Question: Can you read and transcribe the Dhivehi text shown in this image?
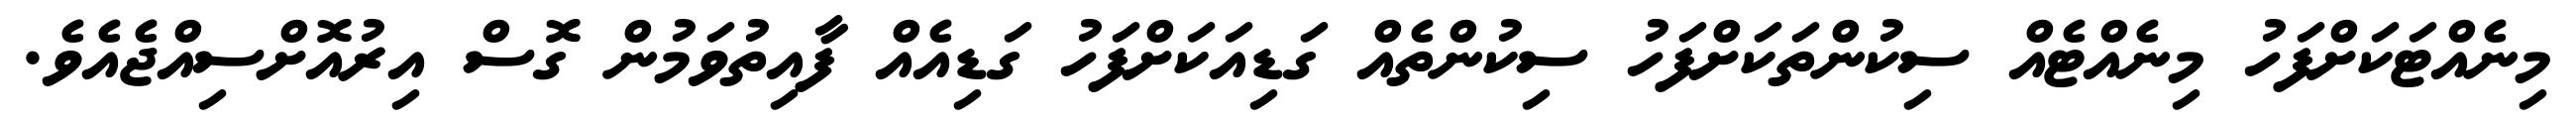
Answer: މިނެއްޓަކަށްފަހު މިނެއްޓެއް ސިކުންތަކަށްފަހު ސިކުންތެއް ގަޑިއަކަށްފަހު ގަޑިއެއް ފާއިތުވަމުން ގޮސް އިރުއޮށްސިއްޖެއެވެ.